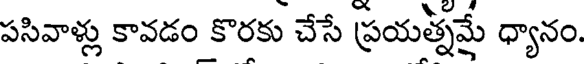
పసివాళ్లు కావడం కొరకు చేసే ప్రయత్నమే ధ్యానం.